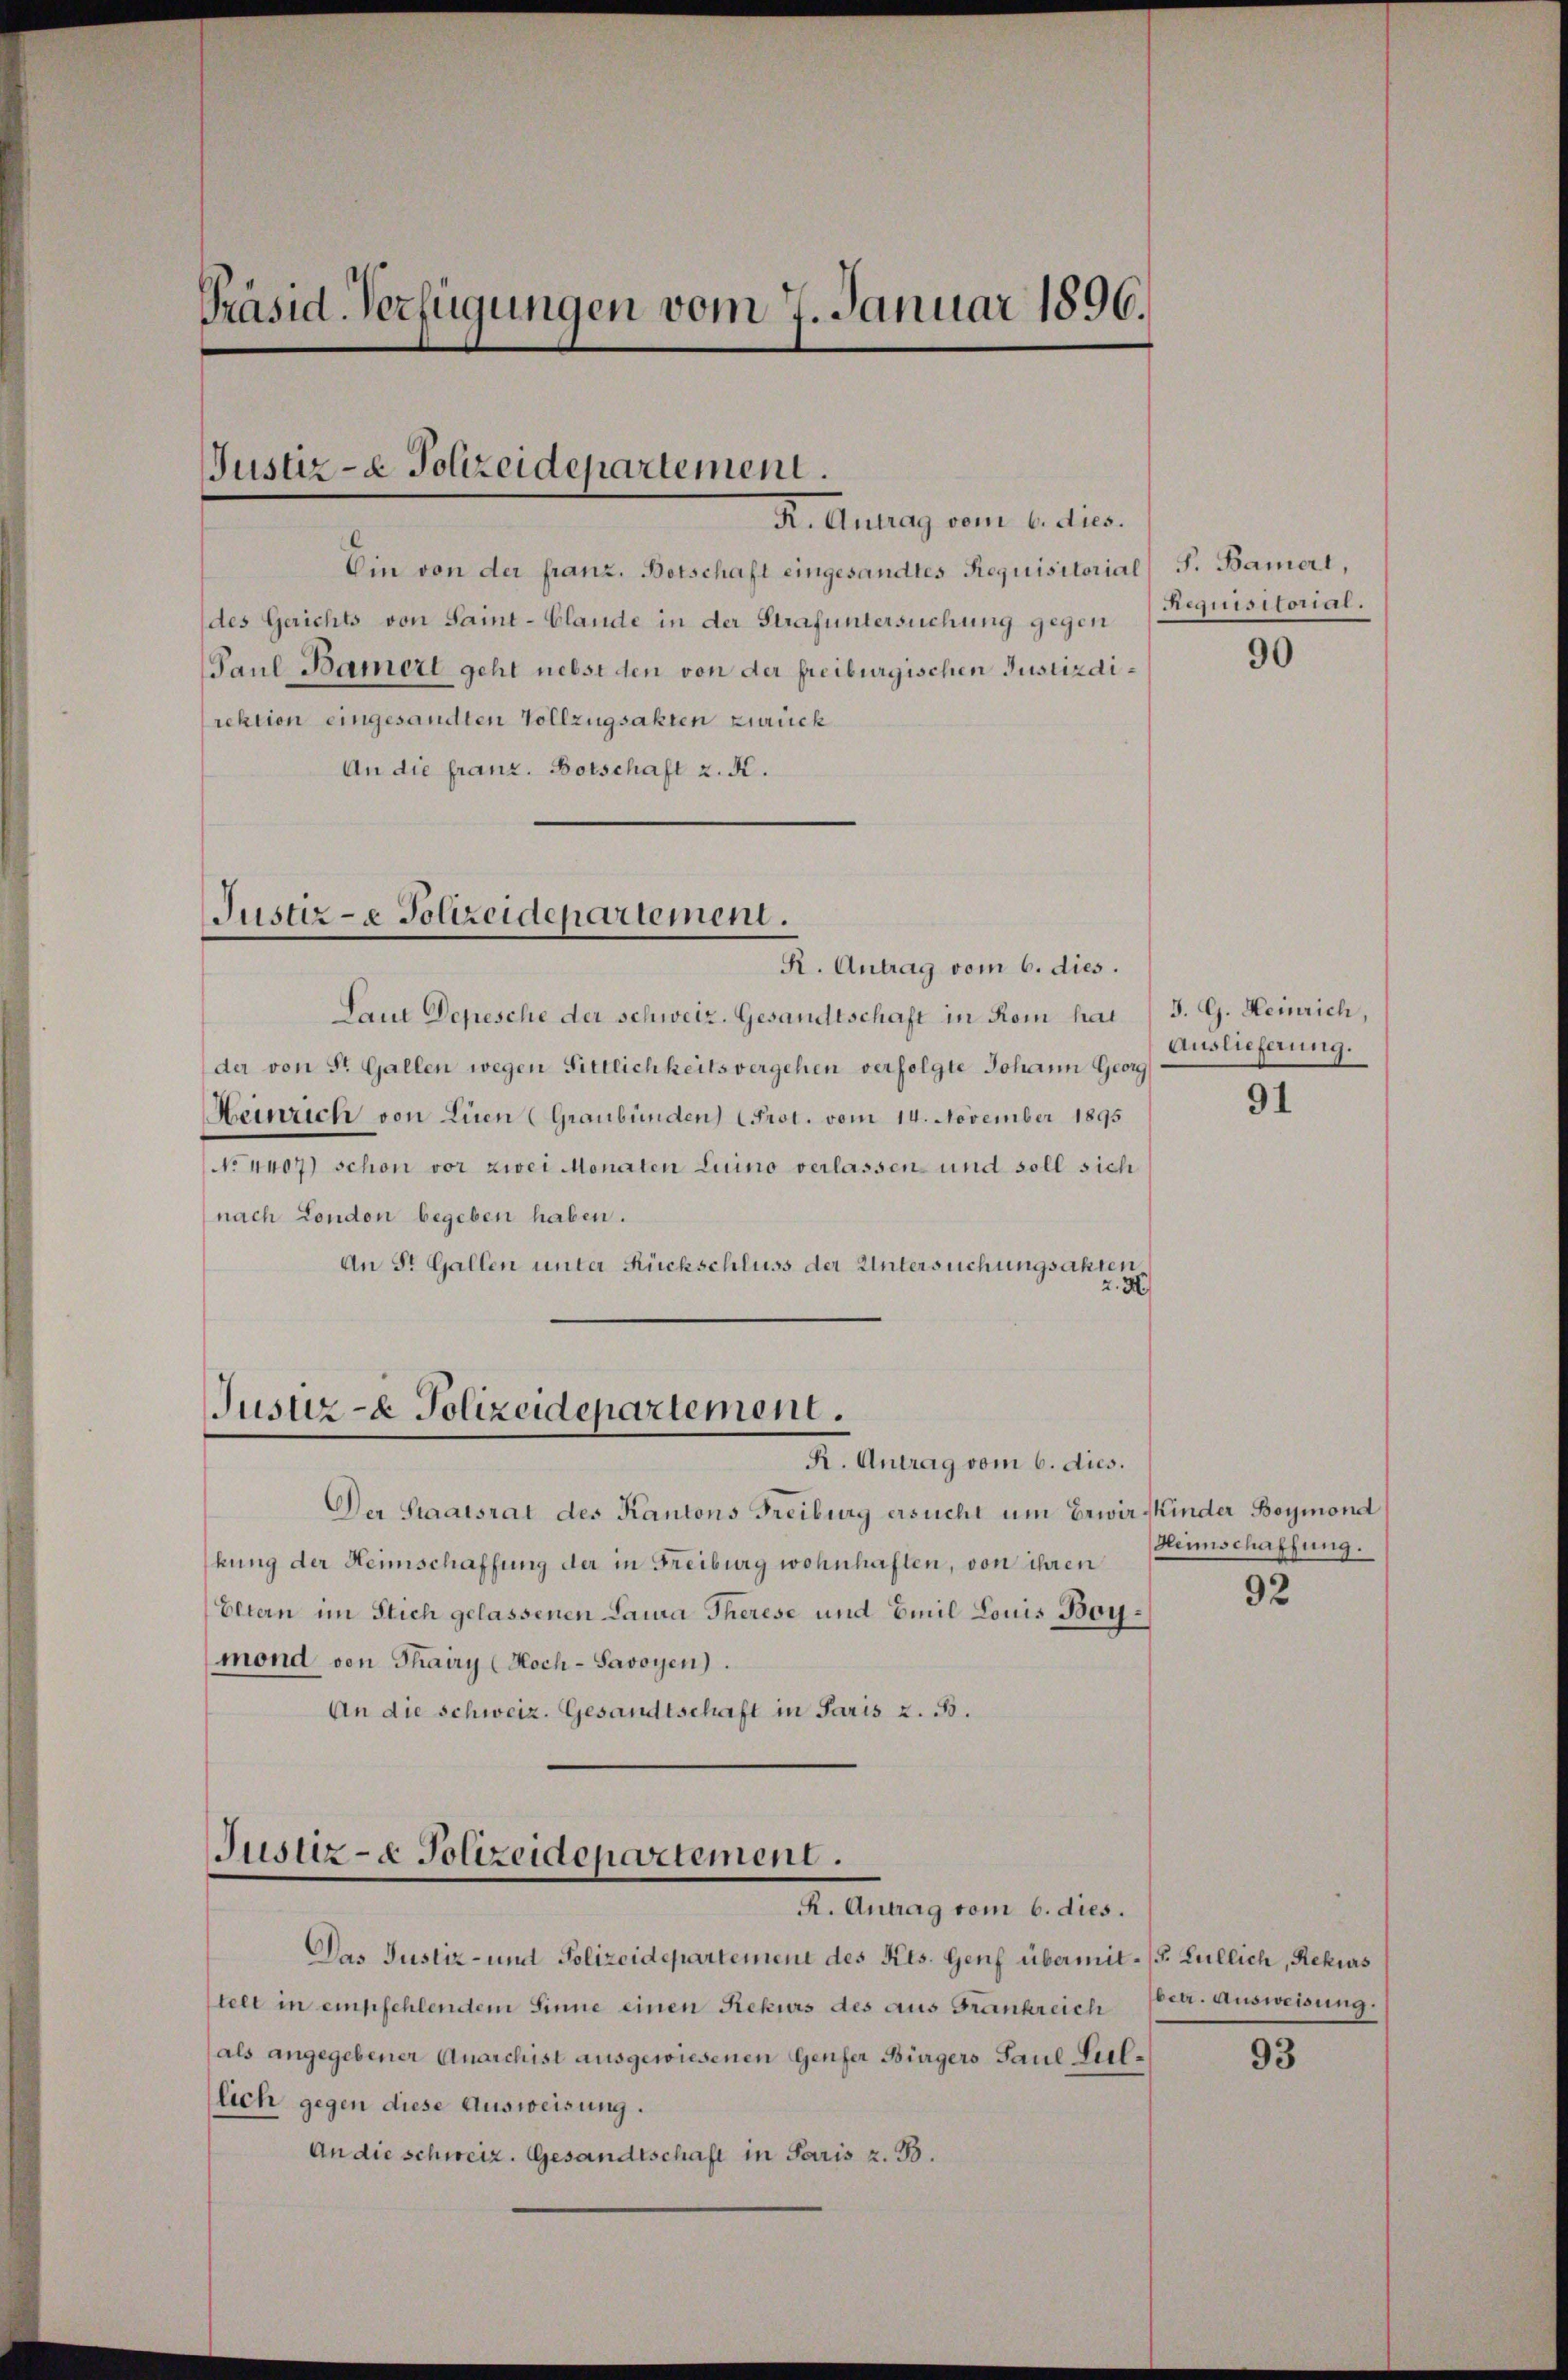
Präsid-Verfügungen vom 7. Januar 1896.

Justiz- & Polizeidepartement.
R. Antrag vom 6. dies.

Ein von der franz. Botschaft eingesandtes Requisitorial S. Baiert,
des Gerichts von Saint-Clande in der Strafuntersuchung gegen
Paul Bamert geht nebst den von der freiburgischen Justizdirektion eingesandten Vollzugsakten zurück
An die franz. Botschaft z. K.

Justiz- & Polizeidepartement.
R. Antrag vom 6. dies.

Laut Depesche der schweiz. Gesandtschaft in Rom hat J. G. Heinrich,
der von St. Gallen wegen Sittlichkeits vergehen verfolgte Johann Georg
Heinrich von Lien (Graubünden Prot. vom 14. November 1895
No 4407) schon vor zwei Monaten Luino verlassen und soll sich
nach London begeben haben.
An St. Gallen unter Rückschluss der Untersuchungsakten
2. M

Justiz- & Polizeidepartement.
R. Antrag vom 6. dies.

Der Staatsrat des Kantons Freiburg ersucht um Erwir Kinder Beymond
hung der Heimschaffung der in Freiburg wohnhaften, von ihren
Eltern im Stich gelassenen Laura Therese und Emil Louis Boymond von Thairy (Koch-Savoyen).
An die schweiz. Gesandtschaft in Paris z. B.

Justiz- & Polizeidepartement.
R. Antrag vom 6. dies.

Requisitorial.

Das Justiz- und Polizeidepartement des Kts. Genf übermit s. Lullich, Rekurs
telt in empfehlendem Sinne einen Rekurs des aus Frankreich Peer. Ausweisung.
als angegebener Anarchist ausgewiesenen Genfer Bürgers Paul Lullich gegen diese Ausweisung.
An die schweiz. Gesandtschaft in Paris z. B.

90

Auslieferung.

91

Heimschaffung.

92

93